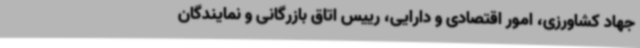
جهاد کشاورزی، امور اقتصادی و دارایی، رییس اتاق بازرگانی و نمایندگان